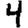
Digit: 4